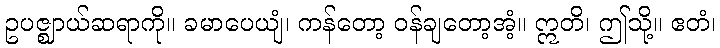
ဥပဇ္ဈာယ်ဆရာကို။ ခမာပေယျံ၊ ကန်တော့ ဝန်ချတော့အံ့။ ဣတိ၊ ဤသို့။ ဧတံ၊